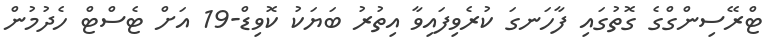
ޓްރޭސިންގްގެ ގޮތުގައި ފާހަނގަ ކުރެވިފައިވާ އިތުރު ބަޔަކު ކޮވިޑް-19 އަށް ޓެސްޓް ހެދުމުން